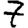
Digit: 7